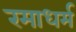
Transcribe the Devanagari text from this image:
रमाधर्म